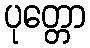
ပုတ္တော